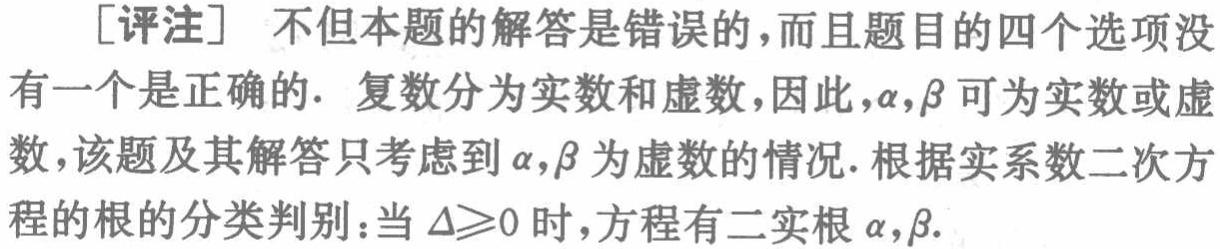
[评注] 不但本题的解答是错误的，而且题目的四个选项没有一个是正确的. 复数分为实数和虚数，因此，\(\alpha,\beta\) 可为实数或虚数，该题及其解答只考虑到 \(\alpha,\beta\) 为虚数的情况. 根据实系数二次方程的根的分类判别：当 \(\Delta\geqslant0\) 时，方程有二实根 \(\alpha,\beta\).